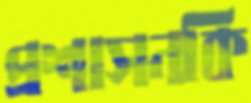
প্রশাসনকি